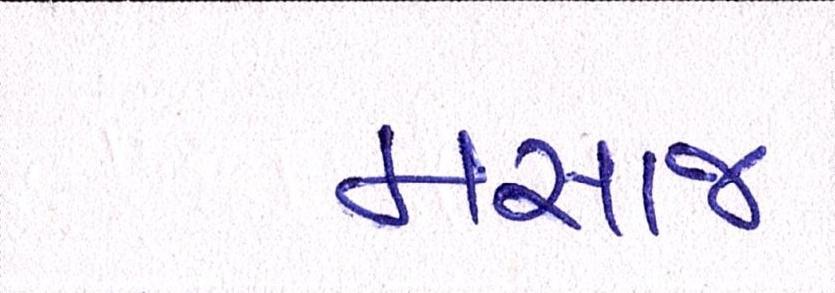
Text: મસાજ